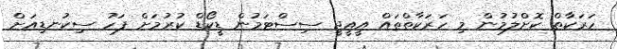
ހަރަކާތް ކޮށްލުމުން މި ހަރަކާތްތައް އީއީޖީ ސިސްޓަމުން ޑީކޯޑް ކުރުމަށް ފަހު ސިކުނޑިއަށް